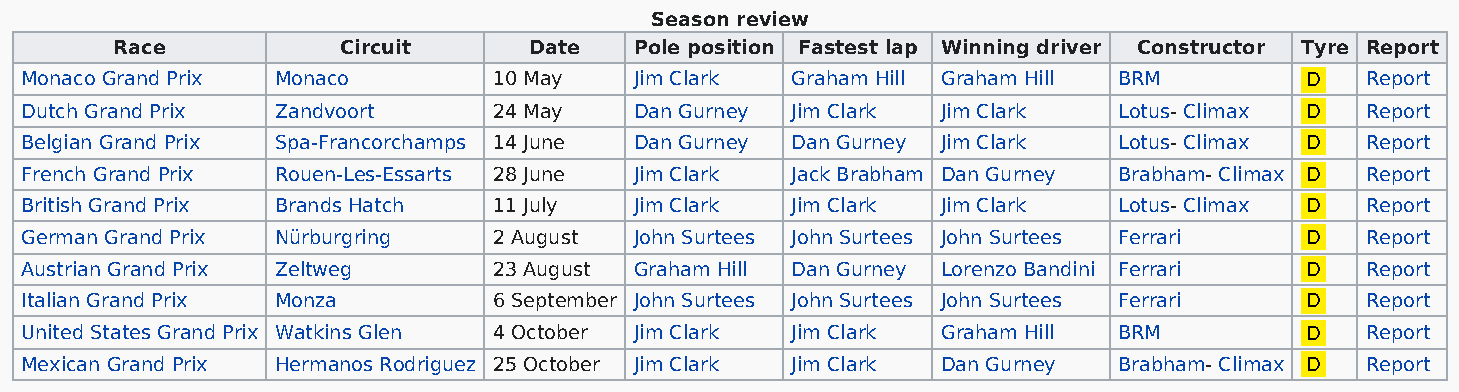
Season review
 Race          Circuit      Date   Pole position Fastest lap Winning driver Constructor Tyre Report
 Monaco Grand Prix Monaco        10 May   Jim Clark Graham Hill Graham Hill BRM       D   Report
 Dutch Grand Prix Zandvoort      24 May   Dan Gurney Jim Clark Jim Clark  Lotus- Climax D Report
 Belgian Grand Prix Spa-Francorchamps 14 June Dan Gurney Dan Gurney Jim Clark Lotus- Climax D Report
 French Grand Prix Rouen-Les-Essarts 28 June Jim Clark Jack Brabham Dan Gurney Brabham- Climax D Report
 British Grand Prix Brands Hatch 11 July  Jim Clark Jim Clark Jim Clark   Lotus- Climax D Report
 German Grand Prix Nürburgring   2 August John Surtees John Surtees John Surtees Ferrari D Report
 Austrian Grand Prix Zeltweg     23 August Graham Hill Dan Gurney Lorenzo Bandini Ferrari D Report
 Italian Grand Prix Monza        6 September John Surtees John Surtees John Surtees Ferrari D Report
 United States Grand Prix Watkins Glen 4 October Jim Clark Jim Clark Graham Hill BRM  D   Report
 Mexican Grand Prix Hermanos Rodriguez 25 October Jim Clark Jim Clark Dan Gurney Brabham- Climax D Report